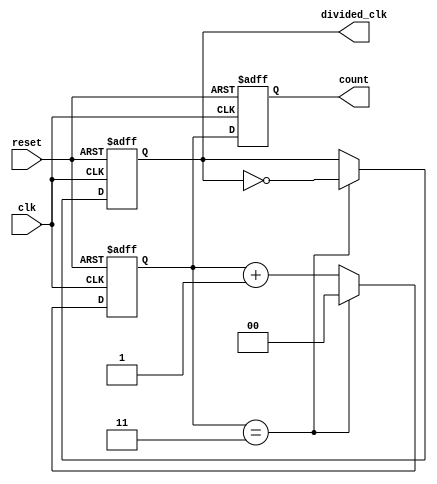
module divide_by_n_counter #(
    parameter N = 4  // Default value for N, can be overridden
) (
    input wire clk,          // Clock signal
    input wire reset,        // Asynchronous reset signal
    output reg [clog2(N)-1:0] count, // Current count value
    output reg divided_clk    // Divided clock output
);

    // Function to calculate the log base 2 of a number
    function integer clog2;
        input integer value;
        begin
            value = value - 1;
            for (clog2 = 0; value > 0; clog2 = clog2 + 1)
                value = value >> 1;
        end
    endfunction

    // Internal counter register
    reg [clog2(N)-1:0] counter;

    // Always block for counter operation
    always @(posedge clk or posedge reset) begin
        if (reset) begin
            counter <= 0;          // Reset counter to 0
            count <= 0;            // Reset output count to 0
            divided_clk <= 0;      // Reset divided clock
        end else begin
            if (counter == N-1) begin
                counter <= 0;      // Reset counter when it reaches N
                divided_clk <= ~divided_clk; // Toggle divided clock
            end else begin
                counter <= counter + 1; // Increment counter
            end
            count <= counter;          // Update output count
        end
    end

endmodule